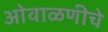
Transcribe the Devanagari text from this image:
ओवाळणीचे